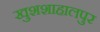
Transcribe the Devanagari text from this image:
खुशशाहालपुर